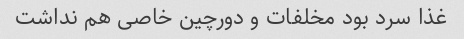
غذا سرد بود مخلفات و دورچین خاصی هم نداشت